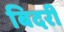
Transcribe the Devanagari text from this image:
बिदरी